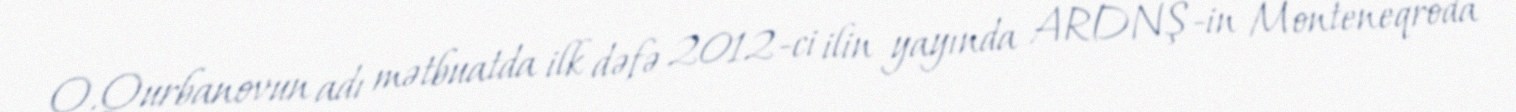
Q.Qurbanovun adı mətbuatda ilk dəfə 2012-ci ilin yayında ARDNŞ-in Monteneqroda